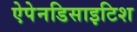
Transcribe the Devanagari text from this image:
ऐपेनडिसाइटिश